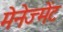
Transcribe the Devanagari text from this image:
मेनेज्मेंट